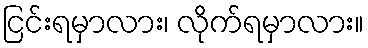
ငြင်းရမှာလား၊ လိုက်ရမှာလား။